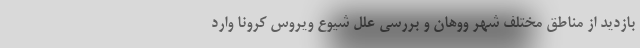
بازدید از مناطق مختلف شهر ووهان و بررسی علل شیوع ویروس کرونا وارد